Annual report on the Civil Veterinary Department, Burma (including the Insein Veterinary School) - 1932-1941
Year: 1932
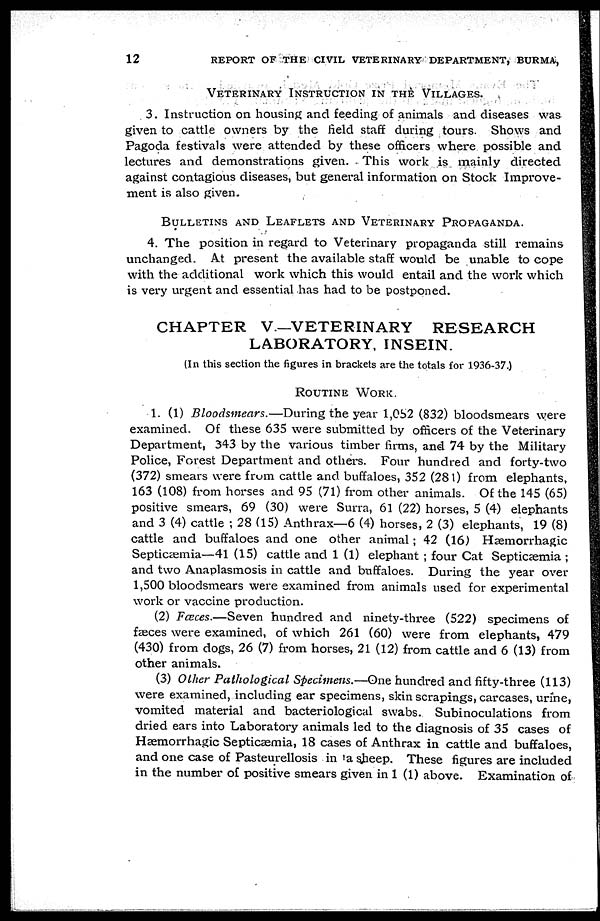
12 REPORT OF THE CIVIL VETERINARY DEPARTMENT, BURMA,
VETERINARY INSTRUCTION IN THE VILLAGES.
3. Instruction on housing and feeding of animals and diseases was
given to cattle owners by the field staff during tours. Shows and
Pagoda festivals were attended by these officers where possible and
lectures and demonstrations given. This work is mainly directed
against contagious diseases, but general information on Stock Improve-
ment is also given.
BULLETINS AND LEAFLETS AND VETERINARY PROPAGANDA.
4. The position in regard to Veterinary propaganda still remains
unchanged. At present the available staff would be unable to cope
with the additional work which this would entail and the work which
is very urgent and essential has had to be postponed.
CHAPTER V.—VETERINARY
RESEARCH
LABORATORY, INSEIN.
(In this section the figures in brackets are the totals for 1936-37.)
ROUTINE WORK
1. (1) Bloodsmears.—During
the year 1,052 (832) bloodsmears were
examined. Of these 635 were submitted by officers of the Veterinary
Department, 343 by the various timber firms, and 74 by the Military
Police, Forest Department and others. Four hundred and forty-two
(372) smears were from cattle and buffaloes, 352 (281) from elephants,
163 (108) from horses and 95 (71) from other animals. Of the 145 (65)
positive smears, 69 (30) were Surra, 61 (22) horses, 5 (4) elephants
and 3 (4) cattle ; 28 (15) Anthrax—6 (4) horses, 2 (3) elephants, 19 (8)
cattle and buffaloes and one other animal; 42 (16) Hæmorrhagic
Septicæmia—41 (15) cattle and 1 (1) elephant ; four Cat Septicæmia ;
and two Anaplasmosis in cattle and buffaloes. During the year over
1,500 bloodsmears were examined from animals used for experimental
work or vaccine production.
(2) Fæces.—Seven
hundred and ninety-three (522) specimens of
fæces were examined, of which 261 (60) were from elephants, 479
(430) from dogs, 26 (7) from horses, 21 (12) from cattle and 6 (13) from
other animals.
(3) Other Pathological Specimens.—One hundred and fifty-three (113)
were examined, including ear specimens, skin scrapings, carcases, urine,
vomited material and bacteriological swabs. Subinoculations from
dried ears into Laboratory animals led to the diagnosis of 35 cases of
Hæmorrhagic Septicæmia, 18 cases of Anthrax in cattle and buffaloes,
and one case of Pasteurellosis in a sheep. These figures are included
in the number of positive smears given in 1 (1) above. Examination of